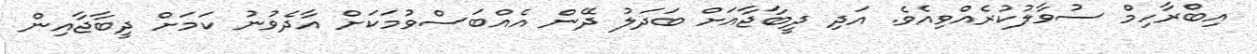
އިބްރާހިމް ސުވާލުކުރެއްވިއެވެ. އަދި ދީބާޖާއަށް ބަދަލު ދޭން އެއްބަސްވުމަކަށް އާދެވުނު ކަމަށް ދީބާޖާއިން